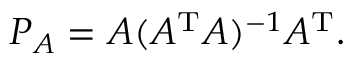
P _ { A } = A ( A ^ { \mathrm { T } } A ) ^ { - 1 } A ^ { \mathrm { T } } .